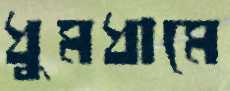
ধুমধামে